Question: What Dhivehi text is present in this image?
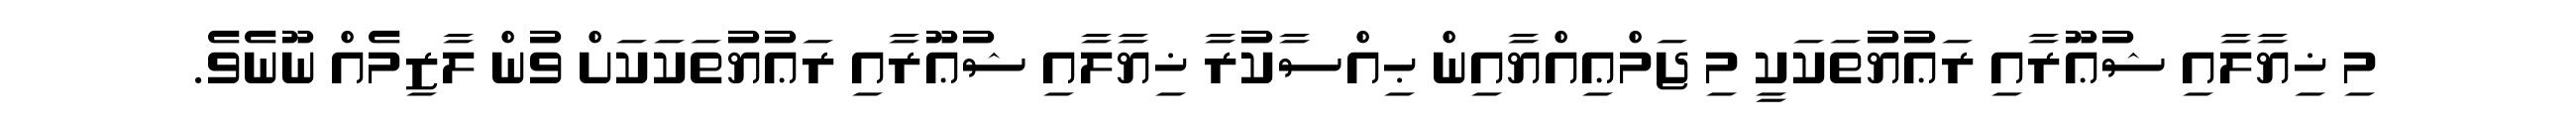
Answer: މި ޚިޔާލާއި ޝުޢޫރާއި ރަޢުޔުތަކަކީ މި ޖަމްޢިއްޔާއިން ޙިއްސާކުރާ ޚިޔާލާއި ޝުޢޫރާއި ރަޢުޔުތަކަކަށް ވުން ލާޒިމެއް ނޫނެވެ.